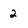
Character: 2